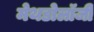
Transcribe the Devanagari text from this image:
मेथडोलॉजी